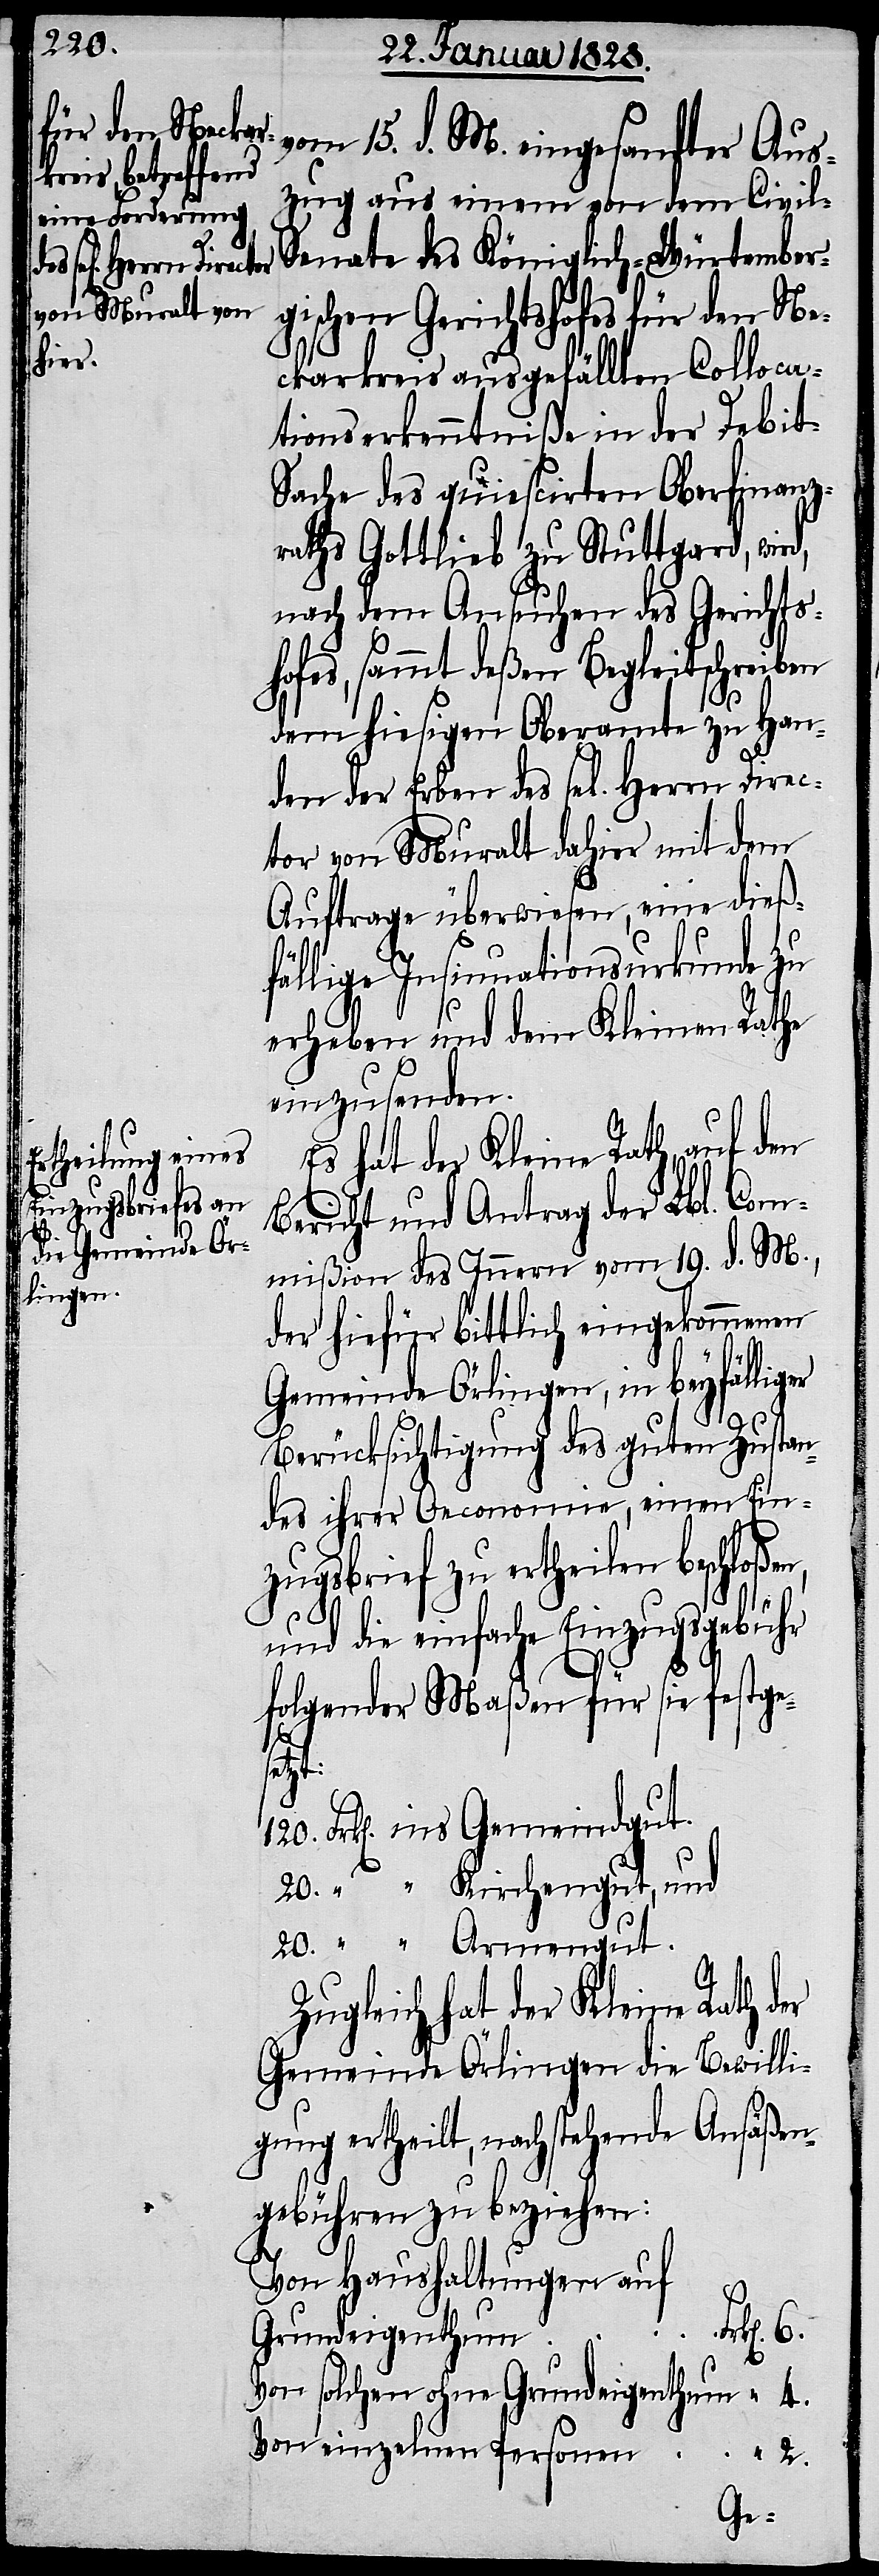
120.

vom 15. d. M. eingesandter Aus¬
zug aus einem von dem Civil-S¬
enate des Königlich-Würtember¬
gischen Gerichtshofes für den Ne¬
ckarkreis ausgefällten Colloca¬
tionserkenntniße in der Debit-S¬
ache des quiescirten Oberfinanz¬
raths Gottlieb zu Stuttgard, wir¬
nach dem Ansuchen des Gerichts¬
hofes, sammt deßen Begleitschreiben
dem hiesigen Oberamte zu Han¬
den der Erben des sel[igen] Herrn
tor von Muralt dahier mit dem
Auftrage überwiesen, eine dieß¬
fällige Insinuationsurkunde zu
erheben und dem Kleinen Rathe
einzusenden.
Es hat der Kleine Rath, auf den
Bericht und Antrag der Lbl. Com¬
mißion des Innern vom 19. d. M.,
der hiefür bittlich eingekommenen
Gemeinde Örlingen, in beyfälliger
Berücksichtigung des guten Zustan¬
des ihrer Oeconomie, einen Ein¬
zugsbrief zu ertheilen beschloße¬
und die einfache Einzugsgebühr
6.
folgender Maßen für sie festge¬
setzt:
Frk[en]. ins Gemeindgut.
20. “ “ Kirchengut, und
20. “ “ Armengut.
Zugleich hat der Kleine Rath der
Gemeinde Örlingen die Bewilli¬
gung ertheilt, nachstehende Ansäßen¬
gebühren zu beziehen:
Von Haushaltungen auf
rk[en].
Grundeigenthum	F¬
Von solchen ohne Grundeigenthum	 “ 4.
Von einzelnen Personen	 “ 2.